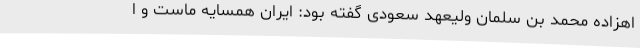
اهزاده محمد بن سلمان ولیعهد سعودی گفته بود: ایران همسایه ماست و ا